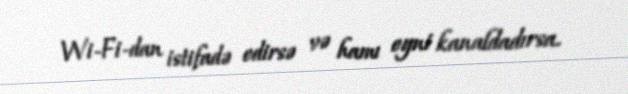
Wi-Fi-dan istifadə edirsə və hamı eyni kanaldadırsa.